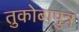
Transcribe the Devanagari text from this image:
तुकोबापुत्र